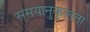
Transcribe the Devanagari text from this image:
समयानुकूलता